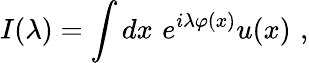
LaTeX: I(\lambda)=\int dx\, \, e^{i\lambda\varphi(x)}u(x)\, \, ,